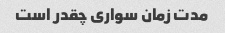
مدت زمان سواری چقدر است